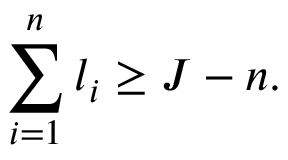
\sum _ { i = 1 } ^ { n } l _ { i } \geq J - n .